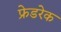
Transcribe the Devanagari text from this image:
फ्रेडरेक